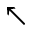
\nwarrow